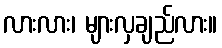
လားလား၊ များလှချည်လား။